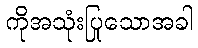
ကိုအသုံးပြုသောအခါ